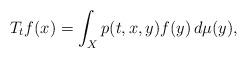
LaTeX: \begin{align*}T_t f(x)=\int_X p(t,x,y)f(y) \, d\mu(y),\end{align*}